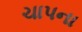
ચાપના